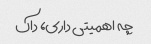
چه اهمیتی داری، داک